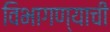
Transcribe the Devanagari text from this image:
विभागण्याची